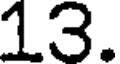
13.